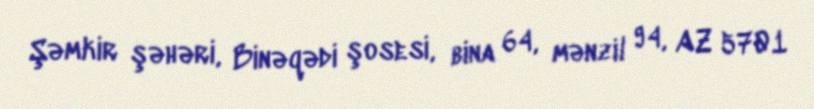
Şəmkir şəhəri, Binəqədi şosesi, bina 64, mənzil 94, AZ 5701